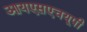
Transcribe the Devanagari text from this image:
आयएसएचयूपी